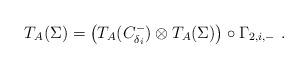
LaTeX: \begin{align*} T_A(\Sigma) = \big( T_A(C_{\delta_i}^-) \otimes T_A(\Sigma) \big) \circ \Gamma_{2,i,-} \ . \end{align*}